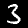
Label: 3